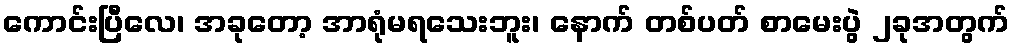
ကောင်းပြီလေ၊ အခုတော့ အာရုံမရသေးဘူး၊ နောက် တစ်ပတ် စာမေးပွဲ ၂ခုအတွက်